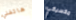
هاتفني مكسيكي